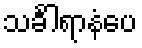
သင်္ခါရာနံပေ